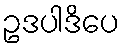
ဥဒပါဒိပေ